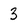
Character: 3